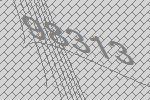
98313